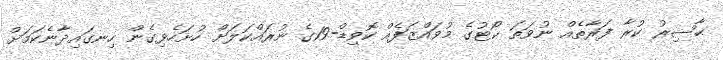
ޙާޟިރު ކުރާ ފަރާތެއް ނުވަތަ ކޯޓުގެ މުވައްޒަފެއް ކޮވިޑް-19ގެ ނުރައްކަލަށް ހުށަހެޅިގެން ހިނގައިދާނެކަމަށް